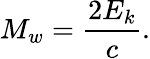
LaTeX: M_{w}={\frac{2E_{k}}{c}}.